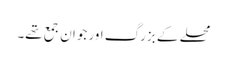
محلے کے بزرگ اور جوان جمع تھے۔